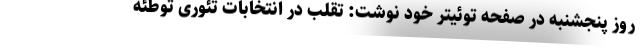
روز پنجشنبه در صفحه توئیتر خود نوشت: تقلب در انتخابات تئوری توطئه